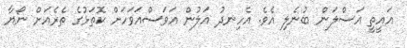
އައީތީ އަސްލަން ބުނެލި އެވެ. އެހިނދު އަލުން އަވަސްއަވަހަށް ކޮތަޅުގެ ތެރެއަށް ނޯޔާ